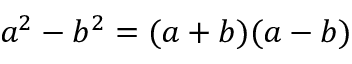
a ^ { 2 } - b ^ { 2 } = ( a + b ) ( a - b )